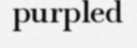
purpled